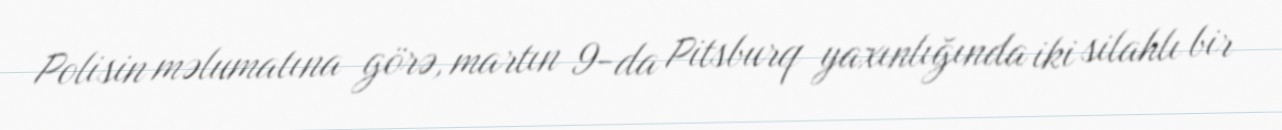
Polisin məlumatına görə, martın 9-da Pitsburq yaxınlığında iki silahlı bir